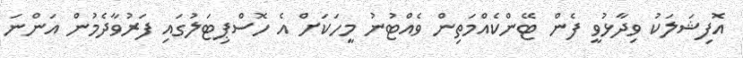
އޮފިޝަލަކު ވިދާޅުވީ ފެން ޓޭންކެއްމަތިން ވެއްޓުނު މީހަކަށް އެ ހޮސްޕިޓަލުގައި ފަރުވާދެމުން އަންނަ